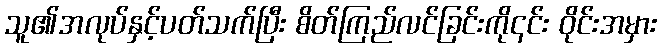
သူ၏အလုပ်နှင့်ပတ်သက်ပြီး စိတ်ကြည်လင်ခြင်းကို၎င်း ဝိုင်းအမှား